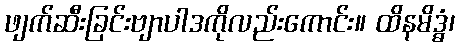
ဖျက်ဆီးခြင်းဗျာပါဒကိုလည်းကောင်း။ ထိနမိဒ္ဓံ၊